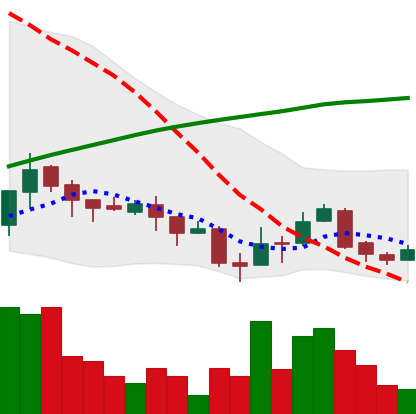
Ticker: XLM-USD
Chart end date: 2018-04-07
Forward return: 19.945%
Label: up_7plus